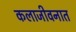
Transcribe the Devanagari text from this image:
कलाजीवनात